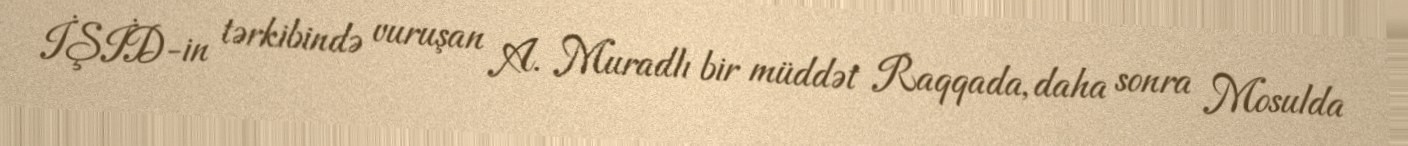
İŞİD-in tərkibində vuruşan A. Muradlı bir müddət Raqqada, daha sonra Mosulda